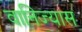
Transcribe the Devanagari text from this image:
वानिज्यास